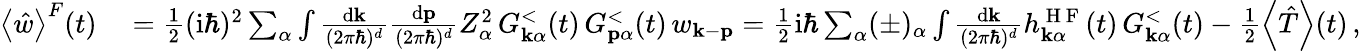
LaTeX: \begin{array}{rl}{\left\langle\hat{w}\right\rangle^{F}(t)}&{{}=\frac{1}{2}(\mathrm{i}\hbar)^{2}\sum_{\alpha}\int\frac{\mathrm{d}\mathbf{k}}{(2\pi\hbar)^{d}}\frac{\mathrm{d}\mathbf{p}}{(2\pi\hbar)^{d}}Z_{\alpha}^{2}\, G_{\mathbf{k}\alpha}^{<}(t)\, G_{\mathbf{p}\alpha}^{<}(t)\, w_{\mathbf{k}-\mathbf{p}}=\frac{1}{2}\mathrm{i}\hbar\sum_{\alpha}(\pm)_{\alpha}\int\frac{\mathrm{d}\mathbf{k}}{(2\pi\hbar)^{d}}h_{\mathbf{k}\alpha}^{\mathrm{~H~F~}}(t)\, G_{\mathbf{k}\alpha}^{<}(t)-\frac{1}{2}\left\langle\hat{T}\right\rangle(t)\, ,}\end{array}